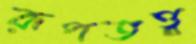
রূপতত্ত্ব